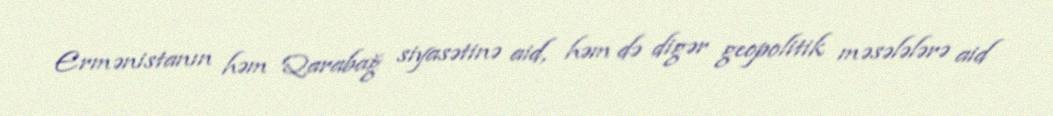
Ermənistanın həm Qarabağ siyasətinə aid, həm də digər geopolitik məsələlərə aid